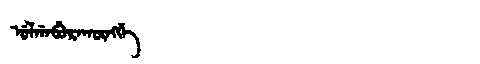
Manchu: ᡠᠯᡤᠠᠪᡠᡵᠠᡴᡡᠩᡤᡝ
Romanization: ULGABURAKŪNGGE